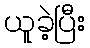
ယူခဲ့ပြီး